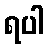
ရပါ